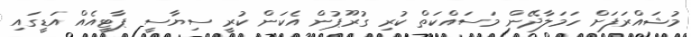
މުޝައްރަފަށް ހަމަލާދޭން މަސައްކަތް ކުރި ގުރޫޕުން އެކަން ކުރީ ސިޔާސީ ޕާޓީއެއް އަޑީގައި